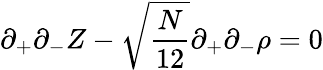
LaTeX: \partial_{+}\partial_{-}Z-\sqrt{\frac{N}{12}}\partial_{+}\partial_{-}\rho=0